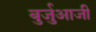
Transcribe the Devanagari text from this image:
बुर्जुआजी